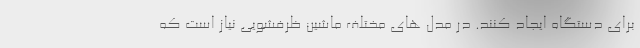
برای دستگاه ایجاد کنند. در مدل های مختلف ماشین ظرفشویی نیاز است که